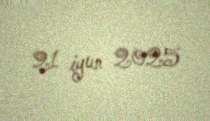
21 iyun 2025